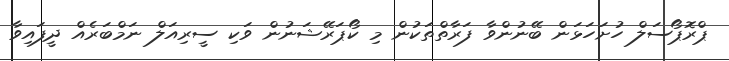
ޕްރޮޕޯސަލް ހުށަހަޅަން ބޭނުންވާ ފަރާތްތަކުން މި ކޯޕަރޭޝަނުން ވަކި ސީރިއަލް ނަމްބަރެއް ދީފައިވާ